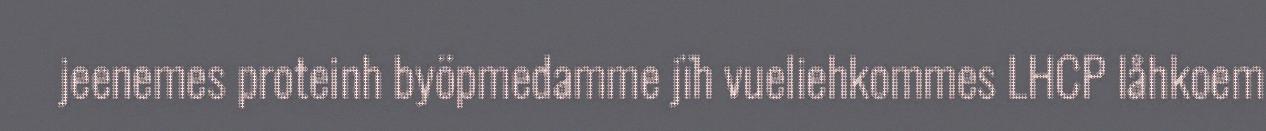
jeenemes proteinh byöpmedamme jïh vueliehkommes LHCP låhkoem